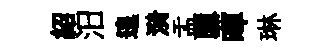
紹汨遑漪盂隳暉琳